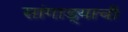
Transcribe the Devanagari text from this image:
सांगाड्याची